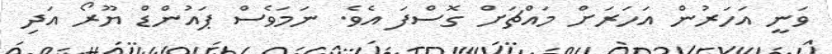
ވަނީ އަހަރުން އަހަރަށް މައްޗަށް ގޮސްފަ އެވެ. ނަމަވެސް ޕައުންޑް ޔޫރޯ އަދި